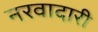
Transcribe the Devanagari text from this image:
नरवादारी